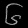
Digit: ၆